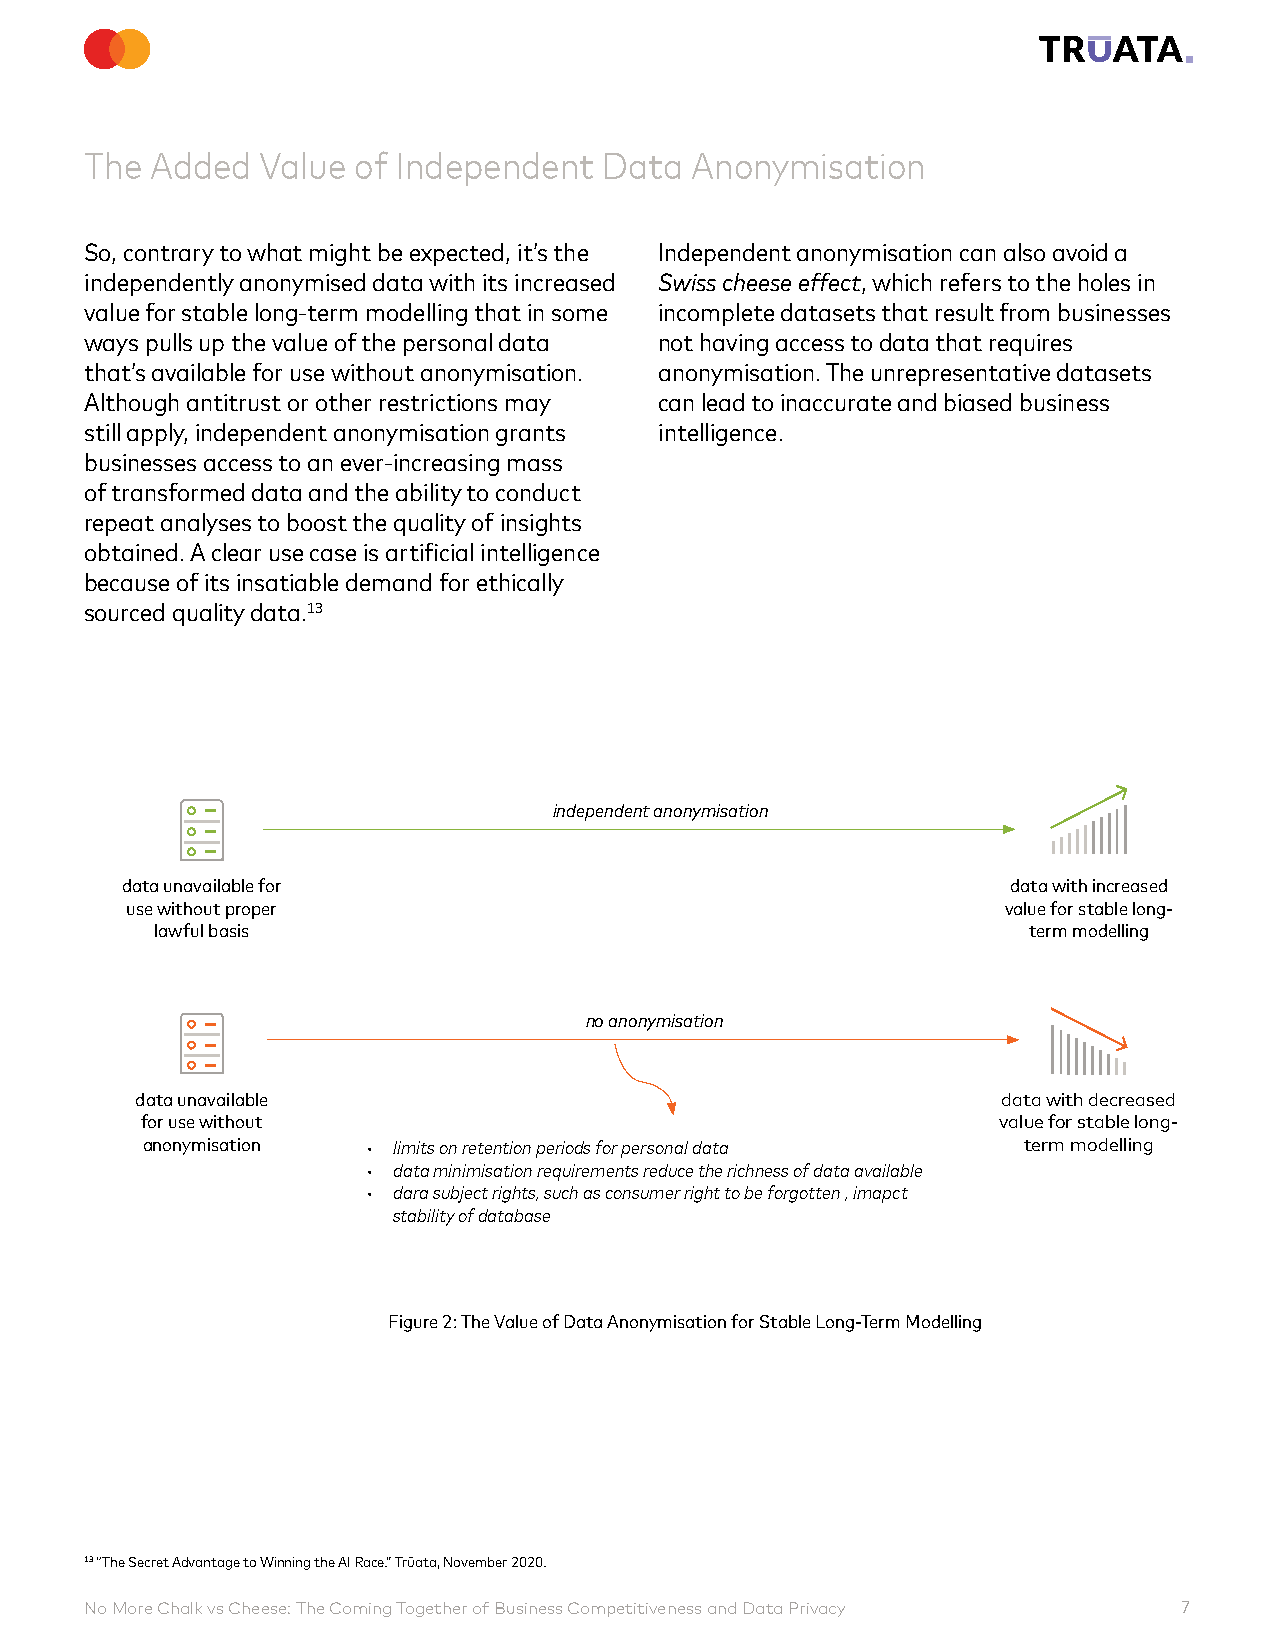
The Added  Value of Independent   Data  Anonymisation
 So, contrary to what might be expected, it’s the Independent anonymisation can also avoid a
 independently anonymised data with its increased Swiss cheese effect, which refers to the holes in
 value for stable long-term modelling that in some incomplete datasets that result from businesses
 ways pulls up the value of the personal data not having access to data that requires
 that’s available for use without anonymisation. anonymisation. The unrepresentative datasets
 Although antitrust or other restrictions may can lead to inaccurate and biased business
 still apply, independent anonymisation grants intelligence.
 businesses access to an ever-increasing mass
 of transformed data and the ability to conduct
 repeat analyses to boost the quality of insights
 obtained. A clear use case is artificial intelligence
 because of its insatiable demand for ethically
 sourced quality data.13
 independent anonymisation
 data unavailable for                                       data with increased
 use without proper                                         value for stable long-
 lawful basis                                              term modelling
 no anonymisation
 data unavailable                                         data with decreased
 for use without                                          value for stable long-
 anonymisation  • limits on retention periods for personal data term modelling
 • data minimisation requirements reduce the richness of data available
 • dara subject rights, such as consumer right to be forgotten , imapct
 stability of database
 Figure 2: The Value of Data Anonymisation for Stable Long-Term Modelling
 13 “The Secret Advantage to Winning the AI Race.” Trūata, November 2020.
 No More Chalk vs Cheese: The Coming Together of Business Competitiveness and Data Privacy 7